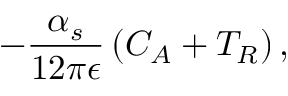
- \frac { \alpha _ { s } } { 1 2 \pi \epsilon } \left( C _ { A } + T _ { R } \right) ,